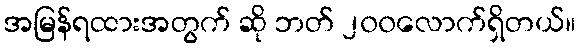
အမြန်ရထားအတွက် ဆို ဘတ် ၂၀၀လောက်ရှိတယ်။